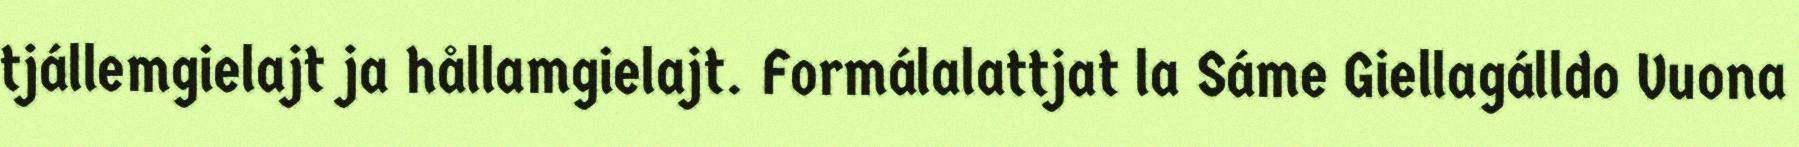
tjállemgielajt ja hållamgielajt. Formálalattjat la Sáme Giellagálldo Vuona